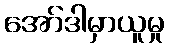
အော်ဒါမှာယူမှု